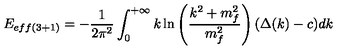
E _ { e f f ( 3 + 1 ) } = - \frac { 1 } { 2 \pi ^ { 2 } } \int _ { 0 } ^ { + \infty } k \ln \left( \frac { k ^ { 2 } + m _ { f } ^ { 2 } } { m _ { f } ^ { 2 } } \right) ( \Delta ( k ) - c ) d k